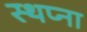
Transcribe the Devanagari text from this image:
स्थप्ना